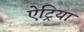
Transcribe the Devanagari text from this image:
ऐट्रिया